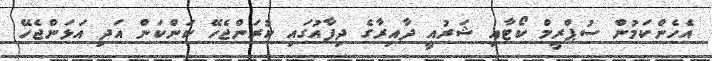
އެހެންކަމުން ސުޕްރީމް ކޯޓާއި ޝަރުއީ ދާއިރާގެ ދިފާއުގައި ކުރަންޖެހޭ ކަންކަން އަދި އަޅަންޖެހޭ